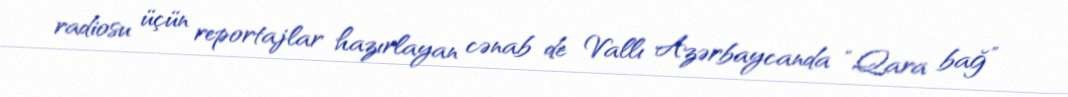
radiosu üçün reportajlar hazırlayan cənab de Vallı Azərbaycanda “Qara bağ”